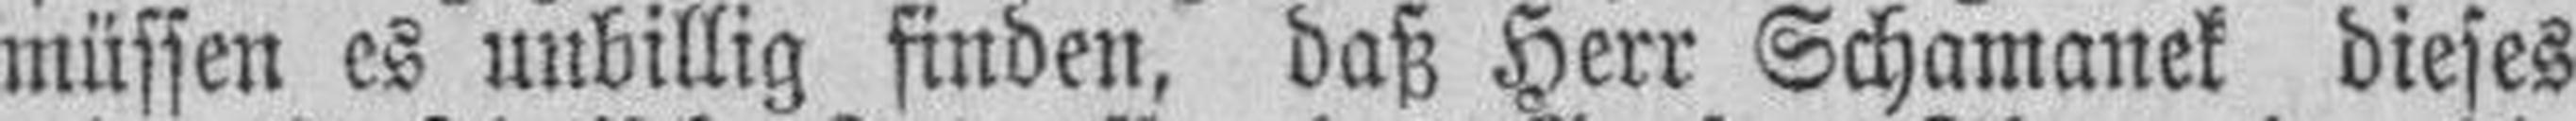
müssen es unbillig finden, daß Herr Schamanek dieses